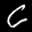
Label: 6